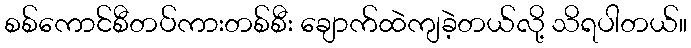
စစ်ကောင်စီတပ်ကားတစ်စီး ချောက်ထဲကျခဲ့တယ်လို့ သိရပါတယ်။